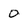
Character: 0